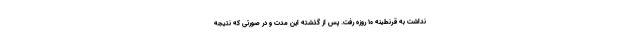
نداشت به قرنطینه ۱۰ روزه رفت. پس از گذشته این مدت و در صورتی که نتیجه